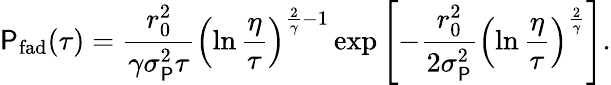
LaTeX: \mathsf{P}_{\mathrm{{fad}}}(\tau)=\frac{{r_{0}^{2}}}{{\gamma\sigma_{\mathrm{{\mathsf{P}}}}^{2}\tau}}\left(\ln\frac{{\eta}}{{\tau}}\right)^{\frac{{2}}{{\gamma}}-1}\exp\left[-\frac{{r_{0}^{2}}}{{2\sigma_{\mathrm{{\mathsf{P}}}}^{2}}}\left(\ln\frac{{\eta}}{{\tau}}\right)^{\frac{{2}}{{\gamma}}}\right].